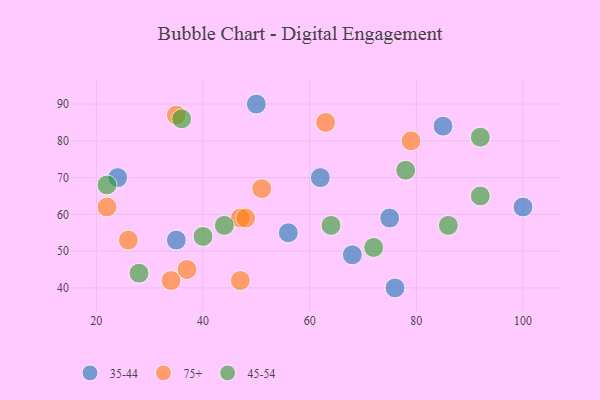
{"axis": {"x": "GDP", "y": "Life Expectancy"}, "legend": ["35-44", "45-54", "75+"], "data": [{"x": "100", "y": 62, "type": "35-44"}, {"x": "76", "y": 40, "type": "35-44"}, {"x": "75", "y": 59, "type": "35-44"}, {"x": "35", "y": 53, "type": "35-44"}, {"x": "56", "y": 55, "type": "35-44"}, {"x": "85", "y": 84, "type": "35-44"}, {"x": "68", "y": 49, "type": "35-44"}, {"x": "50", "y": 90, "type": "35-44"}, {"x": "62", "y": 70, "type": "35-44"}, {"x": "24", "y": 70, "type": "35-44"}, {"x": "47", "y": 59, "type": "75+"}, {"x": "79", "y": 80, "type": "75+"}, {"x": "35", "y": 87, "type": "75+"}, {"x": "51", "y": 67, "type": "75+"}, {"x": "34", "y": 42, "type": "75+"}, {"x": "26", "y": 53, "type": "75+"}, {"x": "47", "y": 42, "type": "75+"}, {"x": "37", "y": 45, "type": "75+"}, {"x": "48", "y": 59, "type": "75+"}, {"x": "22", "y": 62, "type": "75+"}, {"x": "63", "y": 85, "type": "75+"}, {"x": "22", "y": 68, "type": "45-54"}, {"x": "28", "y": 44, "type": "45-54"}, {"x": "92", "y": 65, "type": "45-54"}, {"x": "40", "y": 54, "type": "45-54"}, {"x": "86", "y": 57, "type": "45-54"}, {"x": "72", "y": 51, "type": "45-54"}, {"x": "36", "y": 86, "type": "45-54"}, {"x": "64", "y": 57, "type": "45-54"}, {"x": "78", "y": 72, "type": "45-54"}, {"x": "44", "y": 57, "type": "45-54"}, {"x": "92", "y": 81, "type": "45-54"}]}